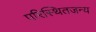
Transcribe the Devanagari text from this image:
परिस्थितजन्य